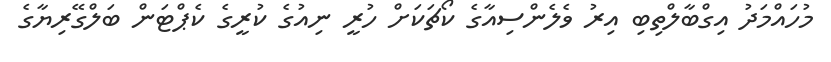
މުހައްމަދު އިގްބާލްތިބި އިރު ވެލެންސިއާގެ ކޯޗަކަށް ހުރީ ނިއުގެ ކުރީގެ ކެޕްޓަން ބަލްގޭރިޔާގެ